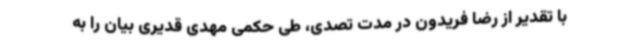
با تقدیر از رضا فریدون در مدت تصدی، طی حکمی مهدی قدیری بیان را به